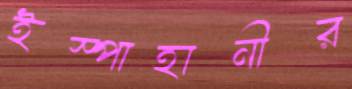
ইস্পাহানীর